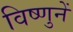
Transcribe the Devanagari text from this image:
विष्णुनें